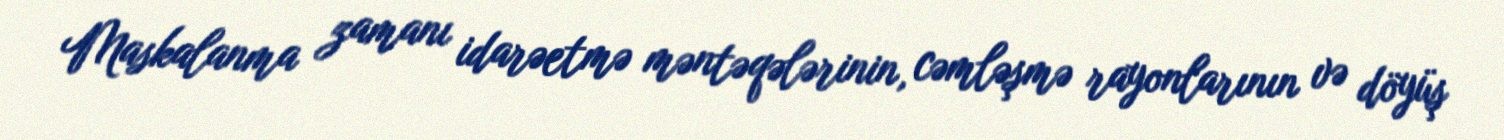
Maskalanma zamanı idarəetmə məntəqələrinin, cəmləşmə rayonlarının və döyüş